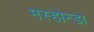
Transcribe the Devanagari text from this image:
मस्होन्डा